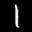
Label: 1